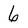
Character: 6